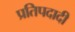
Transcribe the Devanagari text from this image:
प्रतिपदादी